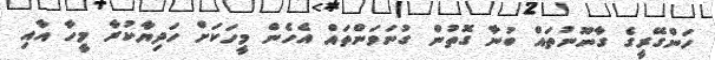
ހަންގޭރީގެ ގާނޫނުތައް ބުނާ ގޮތުން ގުނަވަންތައް އެހެން މީހަކަށް ހަދިޔާކުރާ މީހާ އާއި